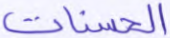
الحسنات